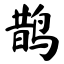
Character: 鹊